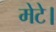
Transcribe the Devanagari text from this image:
मेटे।